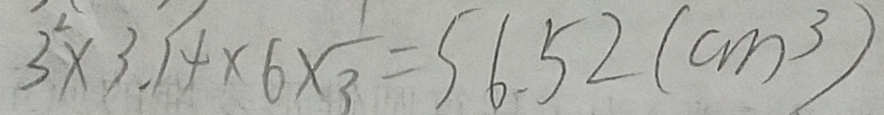
3 ^ { 2 } \times 3 . 1 4 \times 6 \times \frac { 1 } { 3 } = 5 6 . 5 2 ( c m ^ { 3 } )